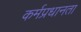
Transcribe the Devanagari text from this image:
कर्मप्रधानता